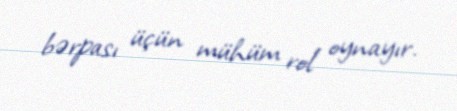
bərpası üçün mühüm rol oynayır.